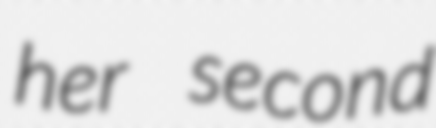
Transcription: her second